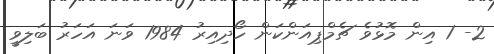
2- 1 އިން މޮޅުވެ ޗެމްޕިއަންކަން ހޯދިއިރު 1984 ވަނަ އަހަރު ބަލިވީ